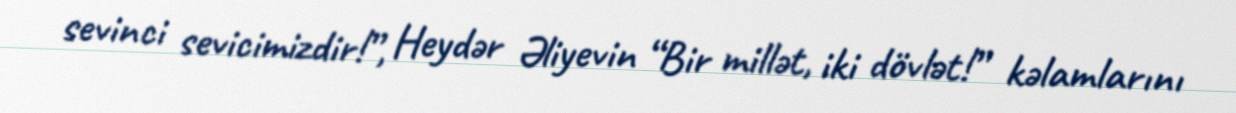
sevinci sevicimizdir!”, Heydər Əliyevin “Bir millət, iki dövlət!” kəlamlarını